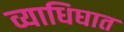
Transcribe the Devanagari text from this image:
व्याधिघात